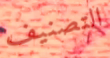
التصنيف